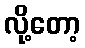
လို့တော့